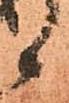
候